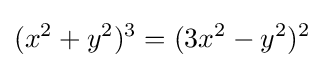
(x^{2}+y^{2})^{3}=(3x^{2}-y^{2})^{2}